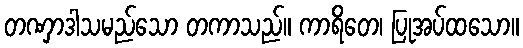
တဏှာဒါသမည်သော တကာသည်။ ကာရိတေ၊ ပြုအပ်ထသော။